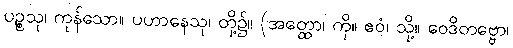
ပဉ္စသု၊ ကုန်သော။ ပဟာနေသု၊ တို့၌။ (အတ္ထော၊ ကို။ ဧဝံ၊ သို့။ ဝေဒိတဗ္ဗော၊